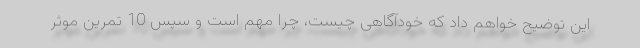
این توضیح خواهم داد که خودآگاهی چیست، چرا مهم است و سپس 10 تمرین موثر